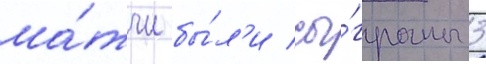
ма́тчи бы́л'и сы́граны 3